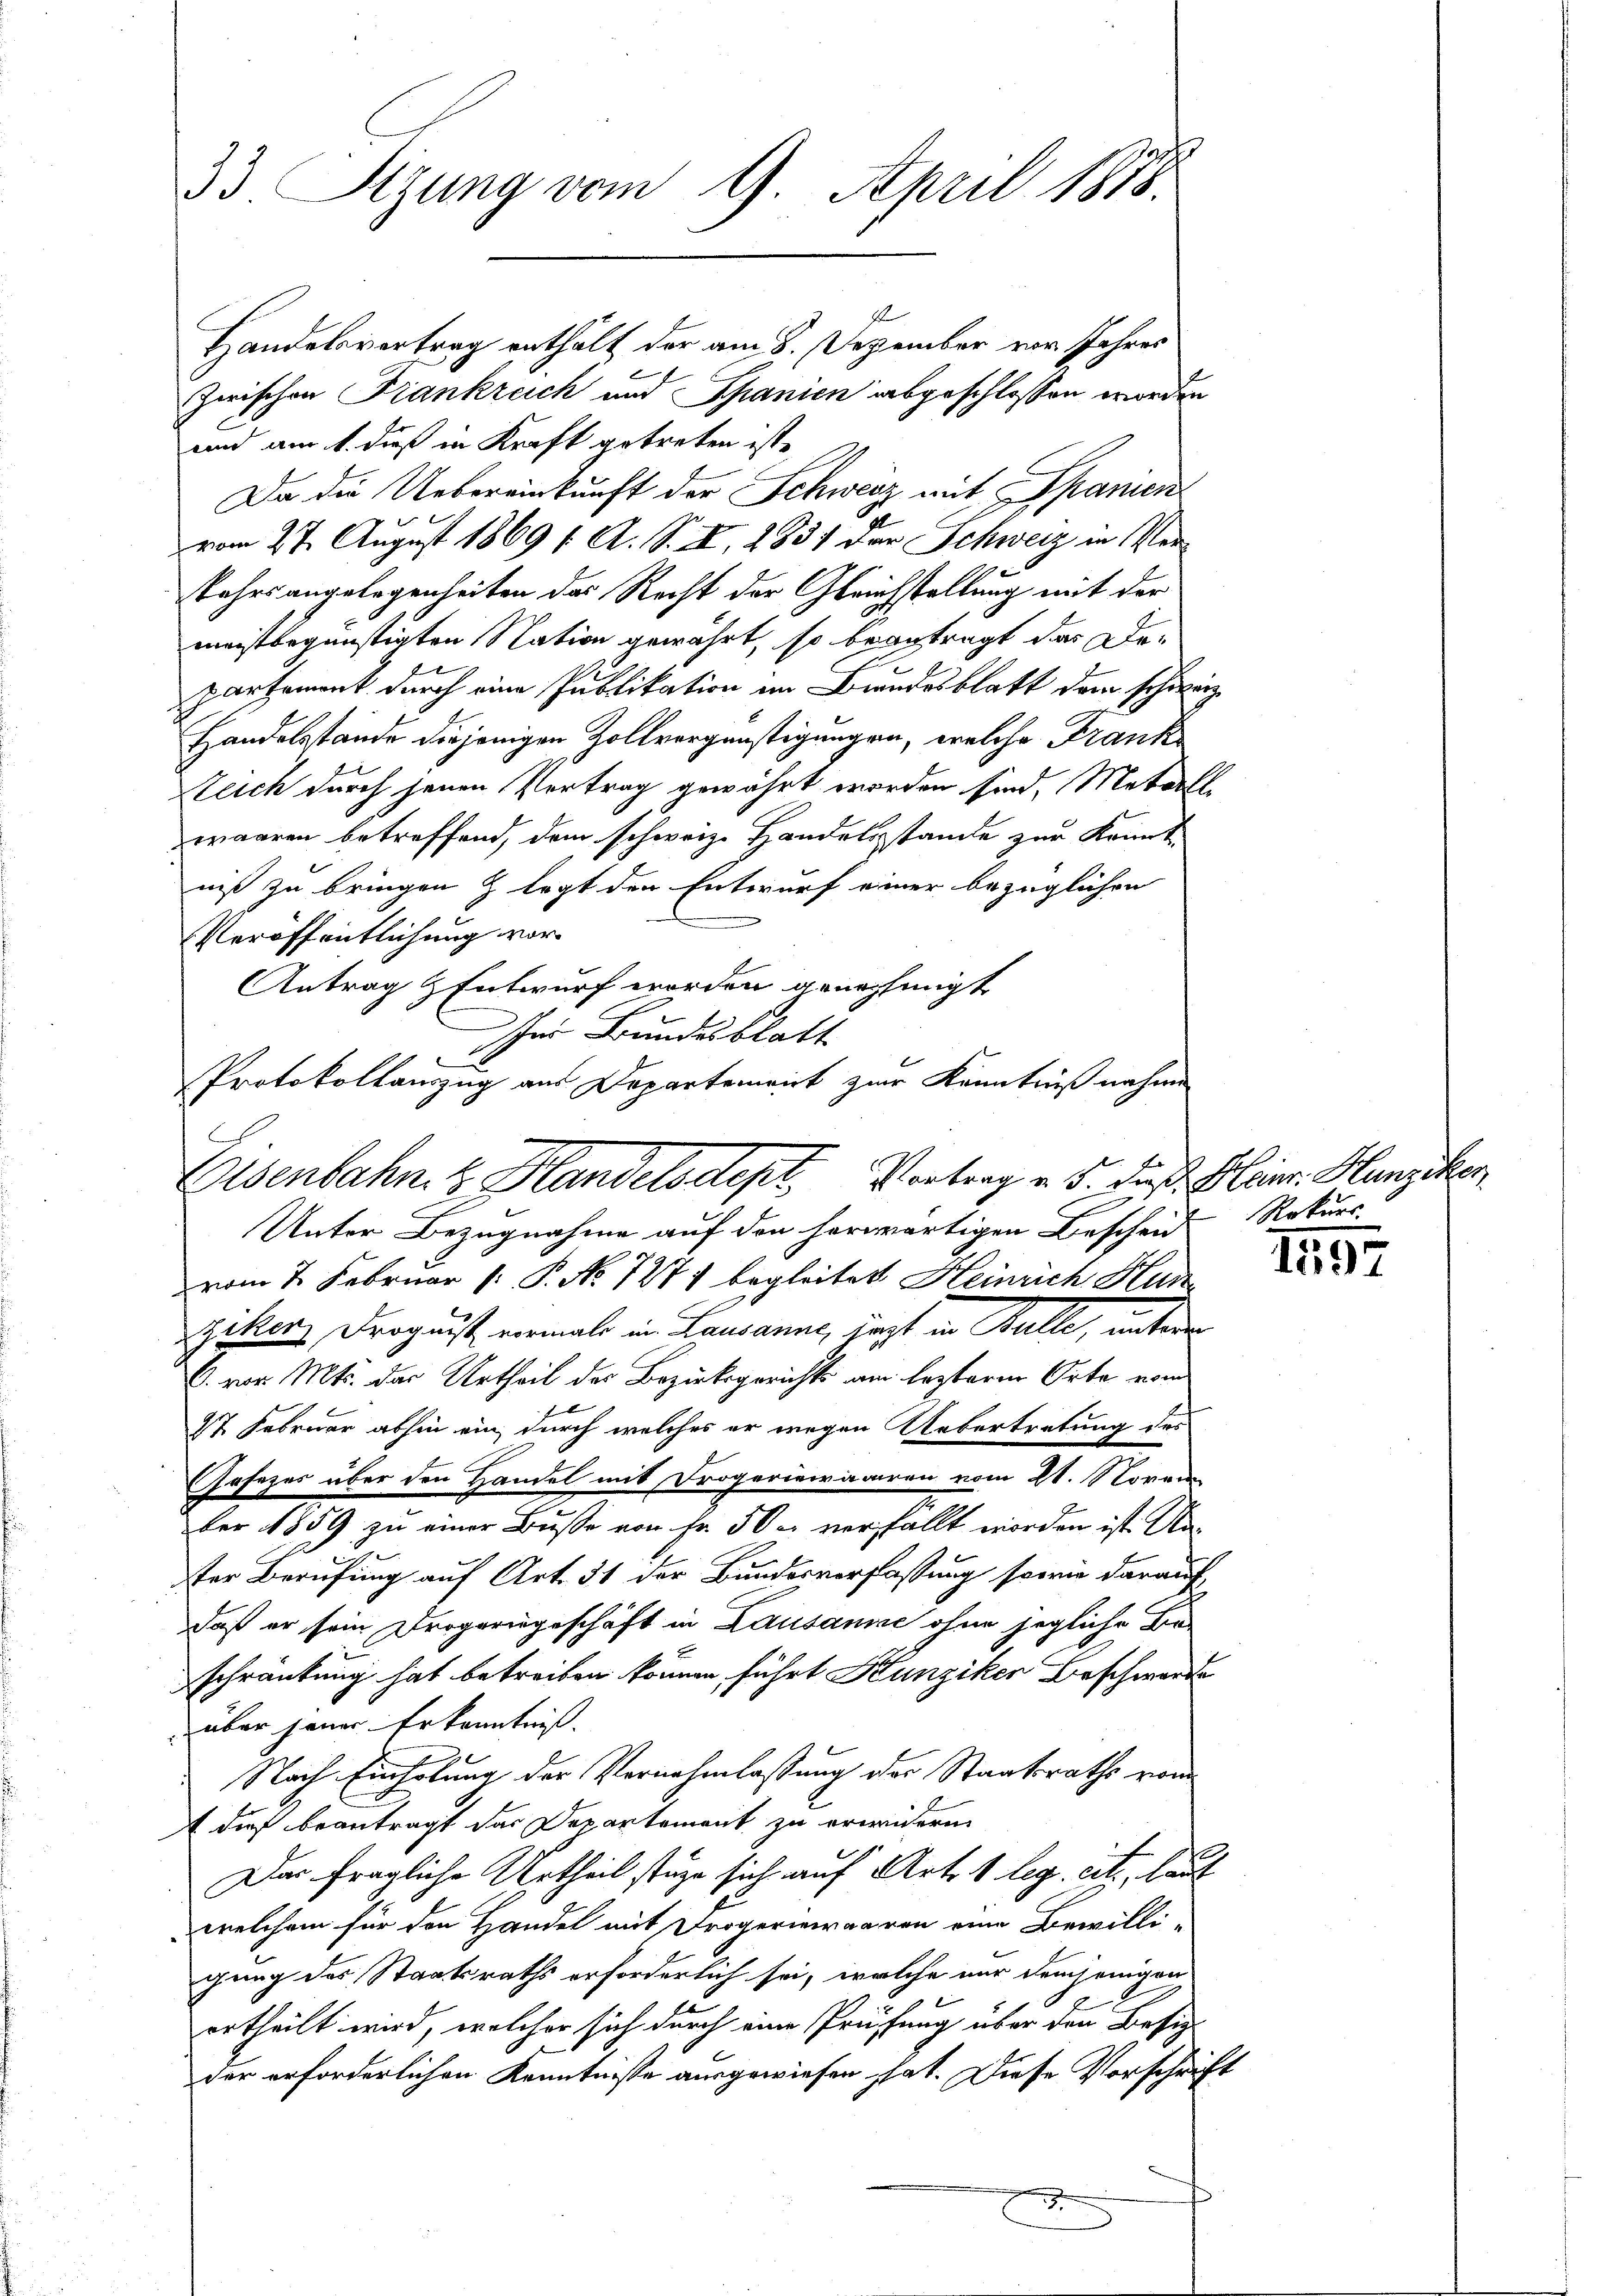
33. Sizung vom 9. April 1878.

Zwischen Frankreich und Spanien abgeschlossen worden
und am 1. dieß in Kraft getreten ist,
Da die Uebereinkunft der Schweiz mit Spanien
vom 27. August 1869 f. A. S. I, 2831 der Schweiz in Ver¬
Jahrsangelegenheiten das Recht der Gleichstellung mit der
meistbegünstigten Nation gewährt, so beantragt das Departement durch eine Publikation im Bundesblatt dem schweiz
Handelsstände diejenigen Zollvergünstigungen, welche Frank
Reich durch jenen Vertrag gewährt worden sind, Metall
waaren betreffend, dem schweiz. Handelsstande zur Konnt
niß zu bringen & legt den Entwurf einer bezüglichen
Veröffentlichung vor
Antrag & Entwurf worden genehmigt
sher Bundesblatt
Protokollauszzug aus Departenirirt zur Kenntniß nahme

Eisenbahn z. Handelsdept. Vortrag v. 5. dieß Kleiner Hunziker
Unter Bezugnahme auf den herwärtigen Bescheid

Handelsvertrag enthält der am 8. Dezember vor Jahres

vom 7. Februar [ P. No 7271 begleitet Heinrich Han
zikers Drogaist niemals in Lausanne, sagt in Bulle, untern
C. vor. Mts. der Urtheil des Bezirksgerichts am lezteren Orte vom
97 Februar abhin ein, durch welches er wegen Uebertretung des
Gesezes über den Handel mit Drogeriewaaren vom 21. Novem
ber 1859 zu einer Busse von Fr. 50c verfällt worden ist. Anter Berufung auf Art. 31 der Bundesverfassung sowie darauf
daß er sein Drogeringeschäft in Lausanne ohne jegliche Be-
schränkung hat betreiben können, führt Kunziker Beschwerde
über jener Erkenntniß.
Nach Einholung der Vernahmlassung der Staatsraths vom
 dieß beantragt das Departement zu erwiderm
Dar fragliche Urtheil state sich auf Art. 1 leg. cit., laut
welchem für den Handel mit Frogeriewaaren eine Bewilli-
gung des Staatsraths erforderlich sei, welche nur demjenigen
ertheilt wird, welcher sich durch eine Prüffung über den Besiz
der erforderlichen Kenntnisse ausgewiesen hat. Diese Vorschrift

Rekurs.

1797

3